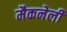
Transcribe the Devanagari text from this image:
मैकनेली